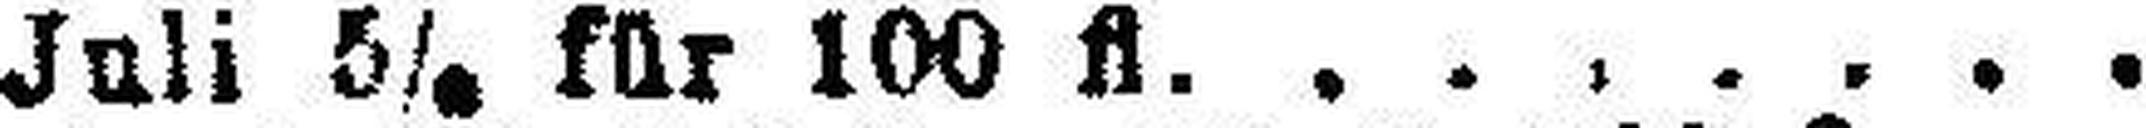
Juli 5% für 100 fl.